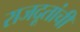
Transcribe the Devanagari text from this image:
राजदूतांची